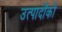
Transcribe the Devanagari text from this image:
उत्पादोंको